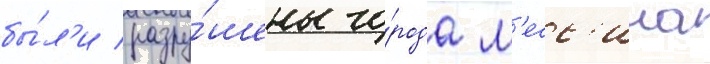
бы́л'и разру́шены го́рода м'есс'ина